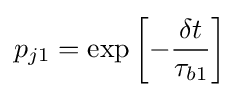
p_{j1}=\exp \left[-{\frac {\delta t}{\tau _{b1}}}\right]